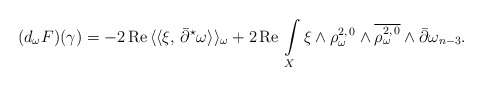
\begin{align*} (d_{\omega}F)(\gamma) = -2\,\mbox{Re}\,\langle\langle \xi,\,\bar\partial^{\star}\omega\rangle\rangle_\omega + 2\,\mbox{Re}\,\int\limits_X \xi\wedge\rho_\omega^{2,\,0}\wedge\overline{\rho_\omega^{2,\,0}}\wedge\bar\partial\omega_{n-3}.\end{align*}